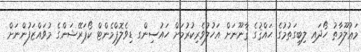
މަޢުލޫމާތު ހޯދައި ލިބިގަތުމުގެ ޙައްޤުގެ ޤާނޫނަށް އަހުލުވެރިކުރުމަށް ހައުސިންގ ޑިވެލޮޕްމެންޓް ކޯޕަރޭޝަންގެ މުވައްޒަފުންނަށް